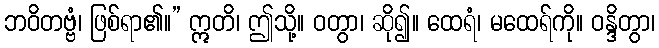
ဘဝိတဗ္ဗံ၊ ဖြစ်ရာ၏။” ဣတိ၊ ဤသို့။ ဝတွာ၊ ဆို၍။ ထေရံ၊ မထေရ်ကို။ ဝန္ဒိတွာ၊